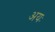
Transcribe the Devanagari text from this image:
अयः